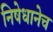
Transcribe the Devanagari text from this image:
निषेधानेच